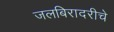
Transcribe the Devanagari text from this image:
जलबिरादरीचे